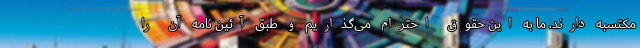
مکتسبه دارند. ما به این حقوق احترام می‌گذاریم و طبق آئین نامه آن را